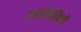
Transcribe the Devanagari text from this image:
अमेलियो